Calcutta medical institutions reports 1871-78
Year: 1871
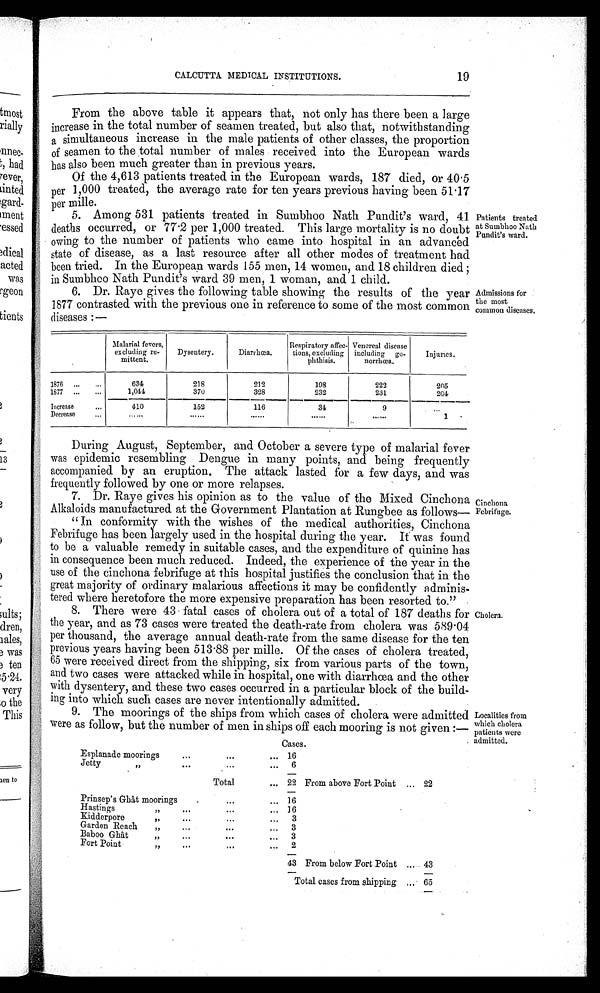
8. There were 43 fatal cases of cholera out of a total of 187 deaths for
the year, and as 73 cases were treated the death-rate from cholera was 589·04
per thousand, the average annual death-rate from the same disease for the ten
previous years having been 513·88 per mille. Of the cases of cholera treated,
65 were received direct from the shipping, six from various parts of the town,
and two cases were attacked while in hospital, one with diarrhœa and the other
with dysentery, and these two cases occurred in a particular block of the build-
- i n g i n t o w h i c h s u c h c a s e s a r e n e v e r i n t e n t i o n a l l y a d m i t t e d .
9.
The moorings of the ships from which cases of cholera were admitted
were as follow, but the number of men in ships off each mooring is not given:—
CALCUTTA MEDICAL INSTITUTIONS.
19
From the above table it appears that, not only has there been a large
increase in the total number of seamen treated, but also that, notwithstanding
a simultaneous increase in the male patients of other classes, the proportion
of seamen to the total number of males received into the European wards
has also been much greater than in previous years.
Of the 4,613 patients treated in the European wards, 187 died, or 40·5
per 1,000 treated, the average rate for ten years previous having been 51·17
per mille.
5. Among 531 patients treated in Sumbhoo Nath Pundit's ward, 41
deaths occurred, or 77·2 per 1,000 treated. This large mortality is no doubt
owing to the number of patients who came into hospital in an advanced
state of disease, as a last resource after all other modes of treatment had
been tried. In the European wards 155 men, 14 women, and 18 children died
; in Sumbhoo Nath Pundit's ward 39 men, 1 woman, and 1 child.
6. Dr. Raye gives the following table showing the results of the year
1877 contrasted with the previous one in reference to some of the most common
diseases:—
Malarial fevers,
excluding re-
mittent.
Dysentery.
Diarrhœa.
Respiratory affec
-tions, excluding
phthisis.
Venereal disease
including go-
norrhœa.
Injuries.
1876 ...
. . .
634
218
212
198
222
205
1877 ...
. . .
1,044
370
328
232
231
204
Increase
. . .
410
152
116
34
9
. . .
Decrease
...
......
......
......
......
. . . . . .
1
During August, September, and October a severe type of malarial fever
was epidemic resembling Dengue in many points, and being frequently
accompanied by an eruption. The attack lasted for a few days, and was
frequently followed by one or more relapses.
7. Dr. Raye gives his opinion as to the value of the Mixed Cinchona
Alkaloids manufactured at the Government Plantation at Rungbee as follows
—
"In conformity with the wishes of the medical authorities, Cinchona
Febrifuge has been largely used in the hospital during the year. It was found
to be a valuable remedy in suitable cases, and the expenditure of quinine has
in consequence been much reduced. Indeed, the experience of the year in the
use of the cinchona febrifuge at this hospital justifies the conclusion that in the
great majority of ordinary malarious affections it may be confidently adminis--
tered where heretofore the more expensive preparation has been resorted to."
Patients treated
at Sumbhoo Nath
Pundit's ward.
Admissions for
the most
common diseases.
Cinchona
Febrifuge.
Localities from
which cholera
patients were
admitted.
Cholera.
Cases.
Esplanade moorings
. . .
. . .
. . .
1 6
Jetty
"
. . .
. . .
. . .
6
Total
. . . 22 From above Fort Point ... 22
Prinsep's Ghât moorings ...
. . .
. . .
16
Hastings "
. . .
. . .
... 16
Kidderpore
"
. . .
...
... 3
Garden Reach "
...
. . .
... 3
Baboo Ghât "
. . . ...
... 3
Fort Point "
. . . ...
. . .
2
43 From below Fort Point
... 43
Total cases from shipping ...
6 5